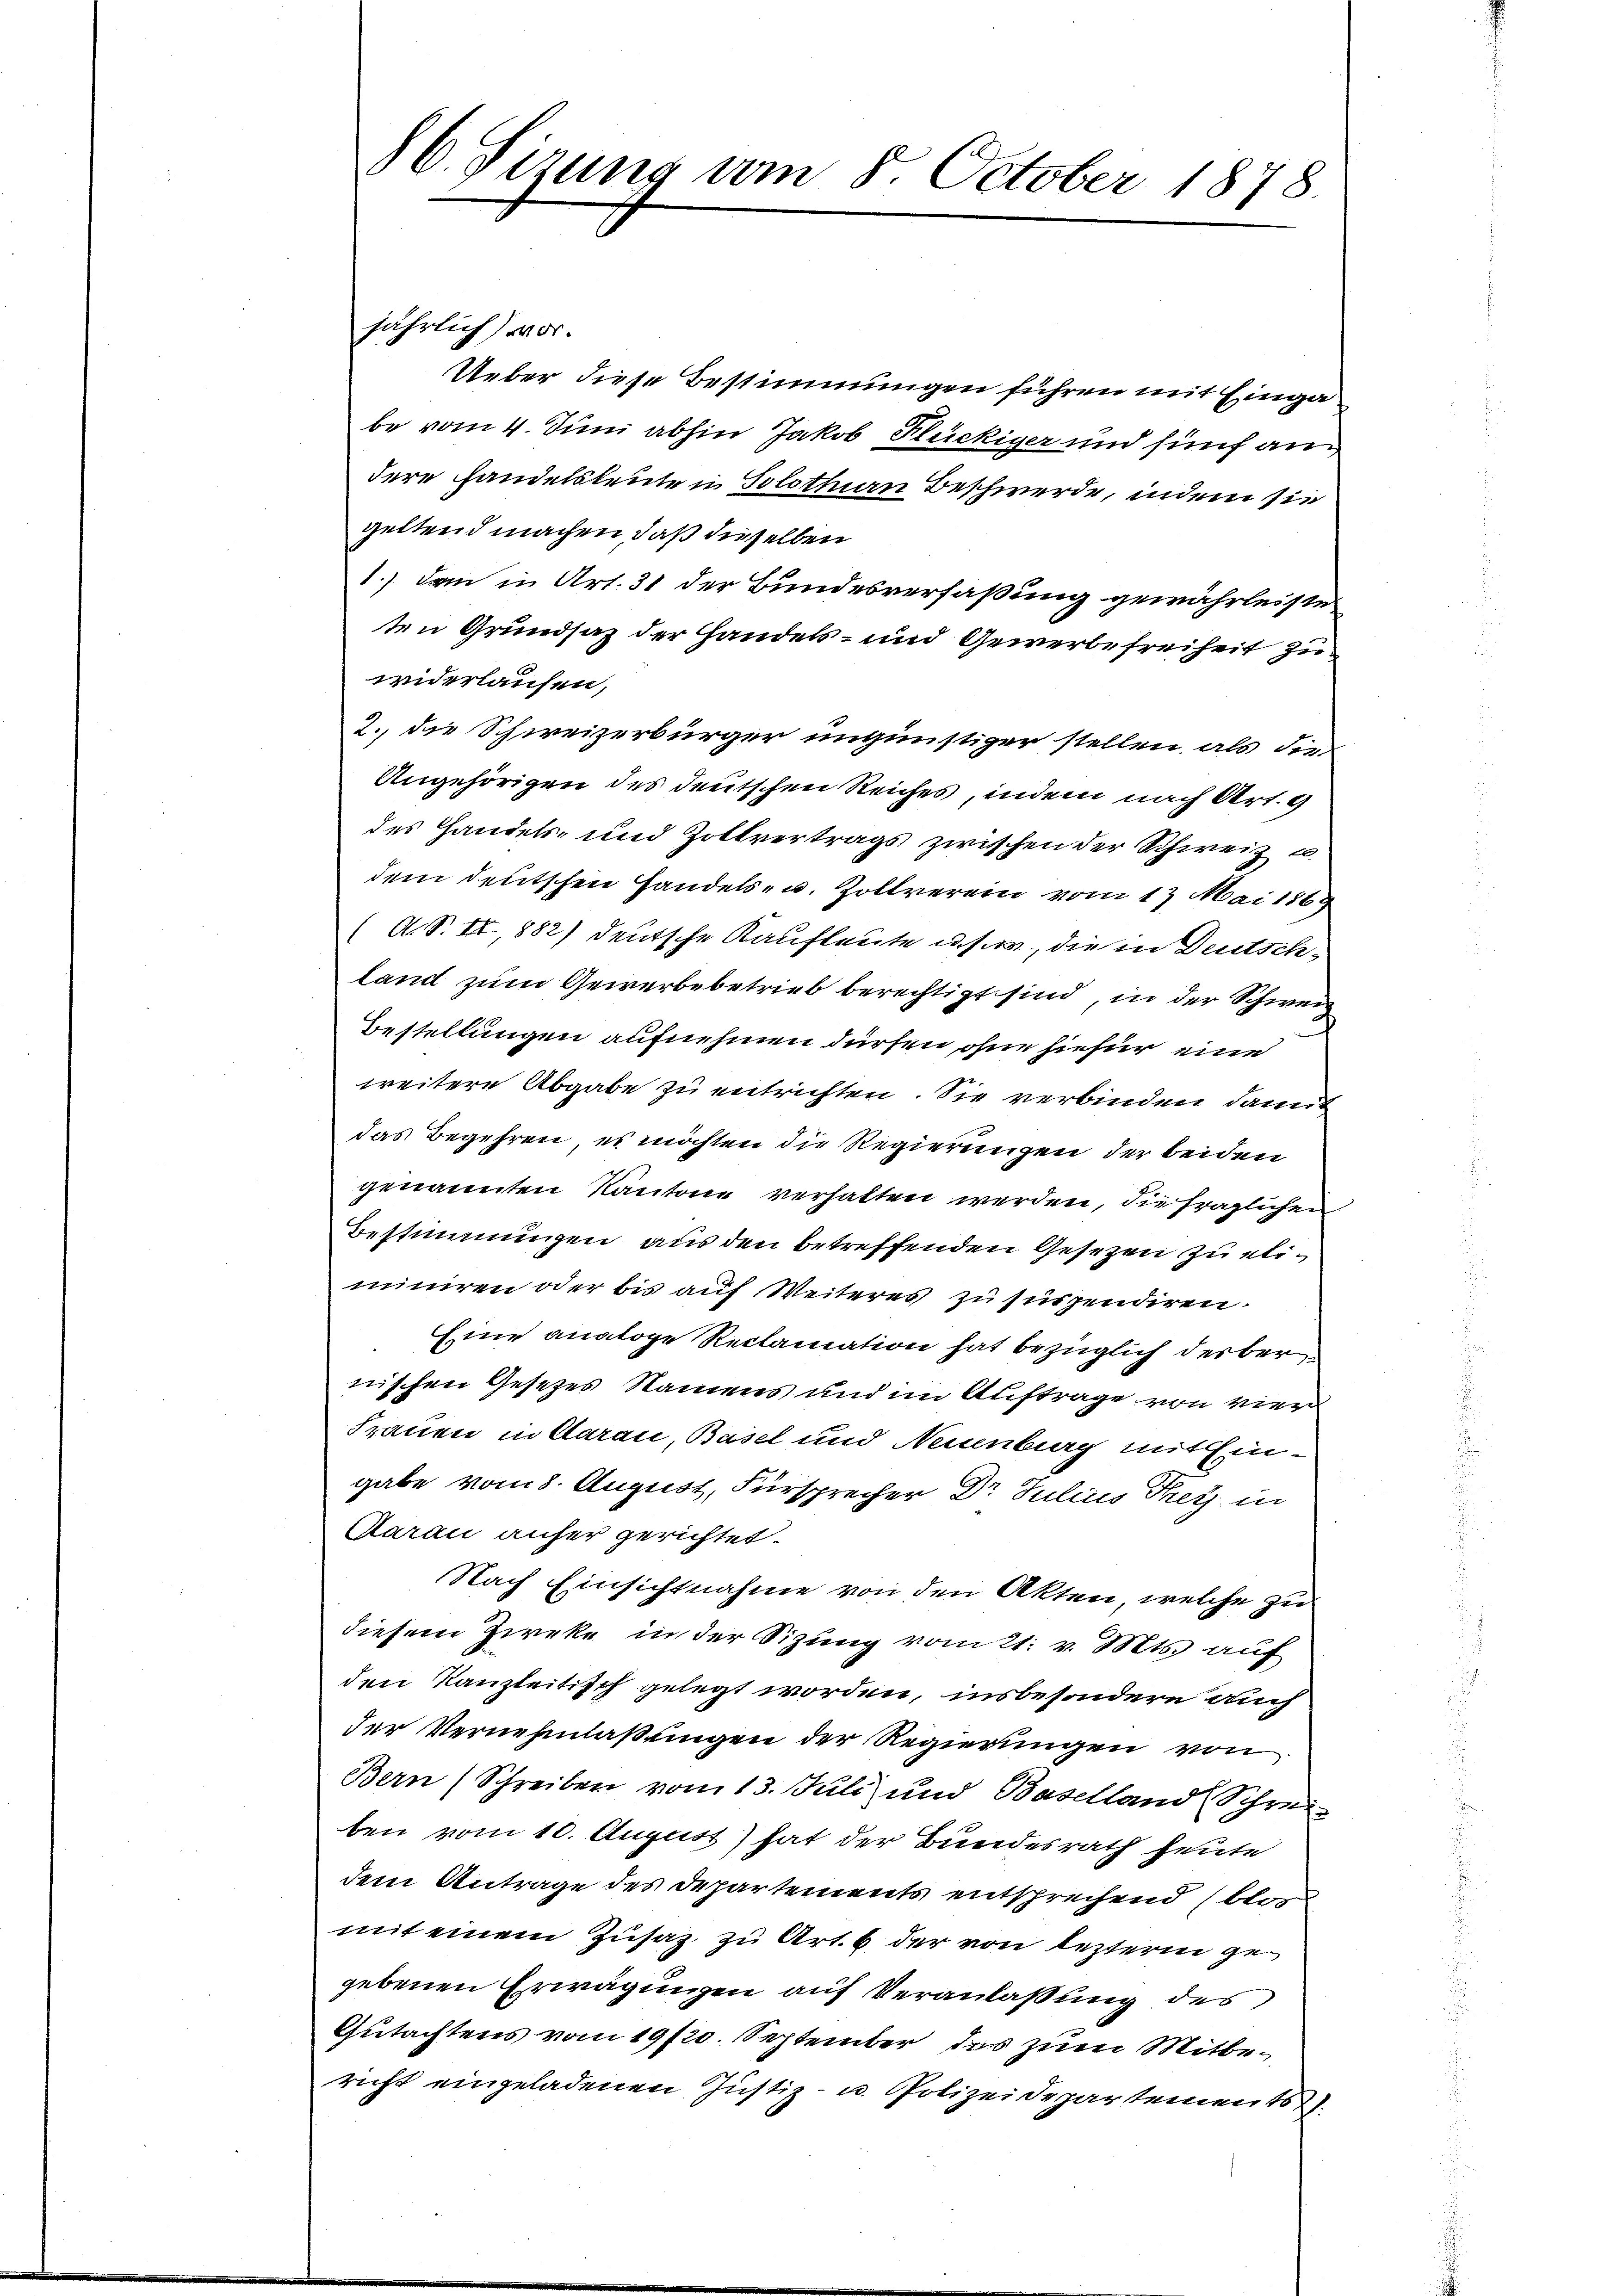
86. Sizung vom 5. October 1878.

jährlich vor¬
Ueber diese Bestimmungen führen mit Einga
be vom 4. Juni abhin Jakob Flückiger und fünf an
dere Handelsleuten Solothurn Beschwerde, indem sie
geltend machen, daß dieselben
1.) den in Art. 31 der Bundesverfaßung gewährleiste
ten Grundsaz der Handels- und Gewerbefreiheit zu
widerlaufen,
2. die Schweizerbürger ungünstiger stellen, als die
Angehörigen des deutschen Reiches, indem nach Art. 9
des Handels- und Zollvertrags zwischen der Schweiz u
dem deutschen Handels- u. Zollverein vom 17. Mai 1869
(A. S. II,882) deutsche Kaufleute u. s. w., die in Deutschland zum Gewerbebetrieb berechtigt sind, in der Schwei
Bestellungen aufnehmen dürfen, ohne hiefür eine
weitere Abgabe zu entrichten. Sie verbinden, damit
das Begehren, es möchten die Regierungen der beiden
genannten Kantone verhalten werden, die fraglichen
Bestimmungen aus den betreffenden Gesetzen zu eliminiren oder bis auf Weiteres zu suspendiren.
Eine analoge Reclamation hat bezüglich derber
nischen Gesetzes Namens und im Auftrage von vier
Frauen in Aarau, Basel und Neuenburg mit Eingabe vom 8. August, Fürsprecher Dr. Julius Frey in
Aarau anher gerichtet.
Nach Einsichtnahme von den Akten, welche zu
diesem Zirke in der Sizung vom 21. v. Mts. auf
den Kanzleitisch gelegt worden, insbesondere auch
der Vernehmlaßungen der Regierungen von
Bern (Schreiben vom 13. Juli und Baselland Schrei
ben vom 10. August) hat der Bundesrath heute
dem Antrage des Departements entsprechend (blos
mit einem Zusatz zu Art. 6 der von lezterm gegebenen Erwägungen auf Veranlaßung des
Gutachtens vom 19/20. September das zum Mitbericht eingeladenen Justiz- u. Polizeidepartements.